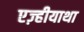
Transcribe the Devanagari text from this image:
एज़्हीयाथा